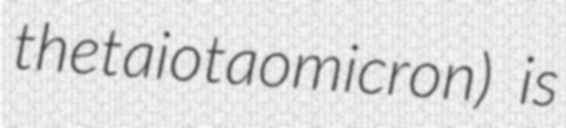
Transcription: thetaiotaomicron) is